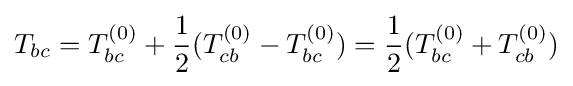
T_{bc}=T_{bc}^{(0)}+{\frac {1}{2}}(T_{cb}^{(0)}-T_{bc}^{(0)})={\frac {1}{2}}(T_{bc}^{(0)}+T_{cb}^{(0)})